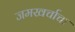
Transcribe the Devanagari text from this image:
जमखर्चाचा